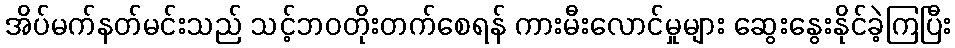
အိပ်မက်နတ်မင်းသည် သင့်ဘဝတိုးတက်စေရန် ကားမီးလောင်မှုများ ဆွေးနွေးနိုင်ခဲ့ကြပြီး